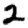
Digit: 2